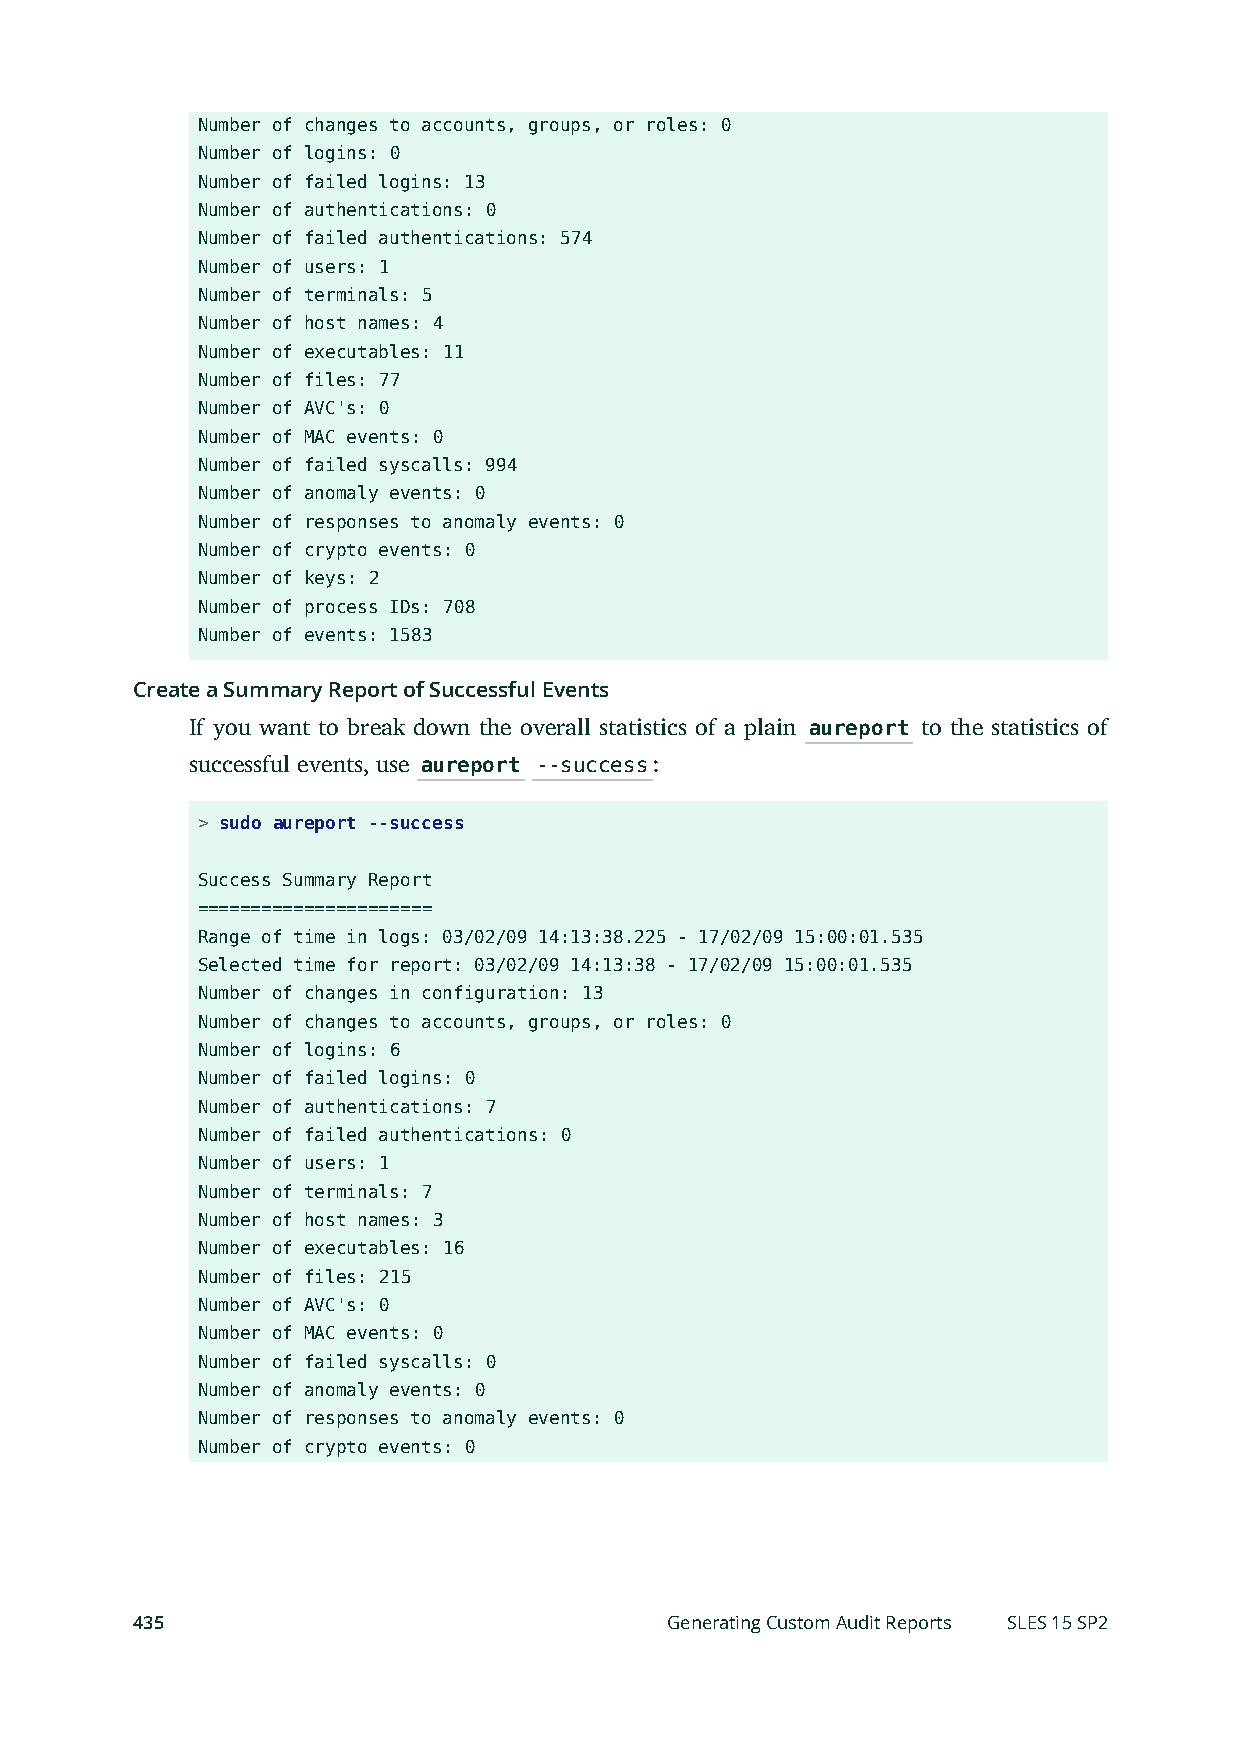
Number of changes to accounts, groups, or roles: 0
 Number of logins: 0
 Number of failed logins: 13
 Number of authentications: 0
 Number of failed authentications: 574
 Number of users: 1
 Number of terminals: 5
 Number of host names: 4
 Number of executables: 11
 Number of files: 77
 Number of AVC's: 0
 Number of MAC events: 0
 Number of failed syscalls: 994
 Number of anomaly events: 0
 Number of responses to anomaly events: 0
 Number of crypto events: 0
 Number of keys: 2
 Number of process IDs: 708
 Number of events: 1583
 Create a Summary Report of Successful Events
 If you want to break down the overall statistics of a plain aureport to the statistics of
 successful events, use aureport --success:
 > sudo aureport --success
 Success Summary Report
 ======================
 Range of time in logs: 03/02/09 14:13:38.225 - 17/02/09 15:00:01.535
 Selected time for report: 03/02/09 14:13:38 - 17/02/09 15:00:01.535
 Number of changes in configuration: 13
 Number of changes to accounts, groups, or roles: 0
 Number of logins: 6
 Number of failed logins: 0
 Number of authentications: 7
 Number of failed authentications: 0
 Number of users: 1
 Number of terminals: 7
 Number of host names: 3
 Number of executables: 16
 Number of files: 215
 Number of AVC's: 0
 Number of MAC events: 0
 Number of failed syscalls: 0
 Number of anomaly events: 0
 Number of responses to anomaly events: 0
 Number of crypto events: 0
 435                                Generating Custom Audit Reports SLES 15 SP2